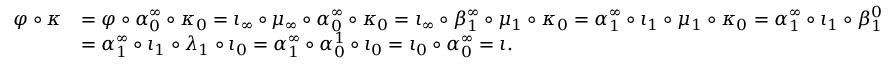
\begin{array} { r l } { \varphi \circ \kappa } & { = \varphi \circ \alpha _ { 0 } ^ { \infty } \circ \kappa _ { 0 } = \iota _ { \infty } \circ \mu _ { \infty } \circ \alpha _ { 0 } ^ { \infty } \circ \kappa _ { 0 } = \iota _ { \infty } \circ \beta _ { 1 } ^ { \infty } \circ \mu _ { 1 } \circ \kappa _ { 0 } = \alpha _ { 1 } ^ { \infty } \circ \iota _ { 1 } \circ \mu _ { 1 } \circ \kappa _ { 0 } = \alpha _ { 1 } ^ { \infty } \circ \iota _ { 1 } \circ \beta _ { 1 } ^ { 0 } } \\ & { = \alpha _ { 1 } ^ { \infty } \circ \iota _ { 1 } \circ \lambda _ { 1 } \circ \iota _ { 0 } = \alpha _ { 1 } ^ { \infty } \circ \alpha _ { 0 } ^ { 1 } \circ \iota _ { 0 } = \iota _ { 0 } \circ \alpha _ { 0 } ^ { \infty } = \iota . } \end{array}